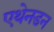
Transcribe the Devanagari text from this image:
एथेनडन